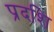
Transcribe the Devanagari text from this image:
प्रदशि